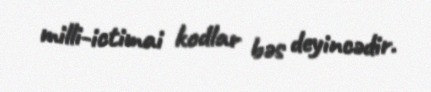
milli-ictimai kodlar bəs deyincədir.